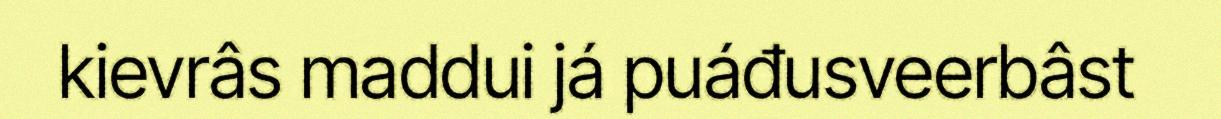
kievrâs maddui já puáđusveerbâst